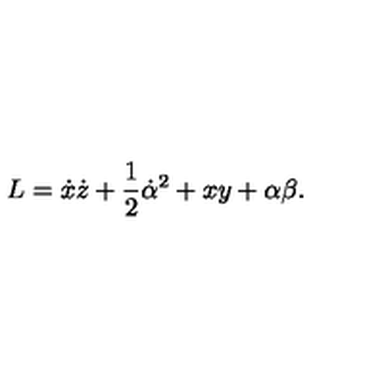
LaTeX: L = \dot { x } \dot { z } + \frac { 1 } { 2 } \dot { \alpha } ^ { 2 } + x y + \alpha \beta .